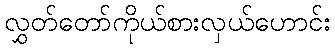
လွှတ်တော်ကိုယ်စားလှယ်ဟောင်း